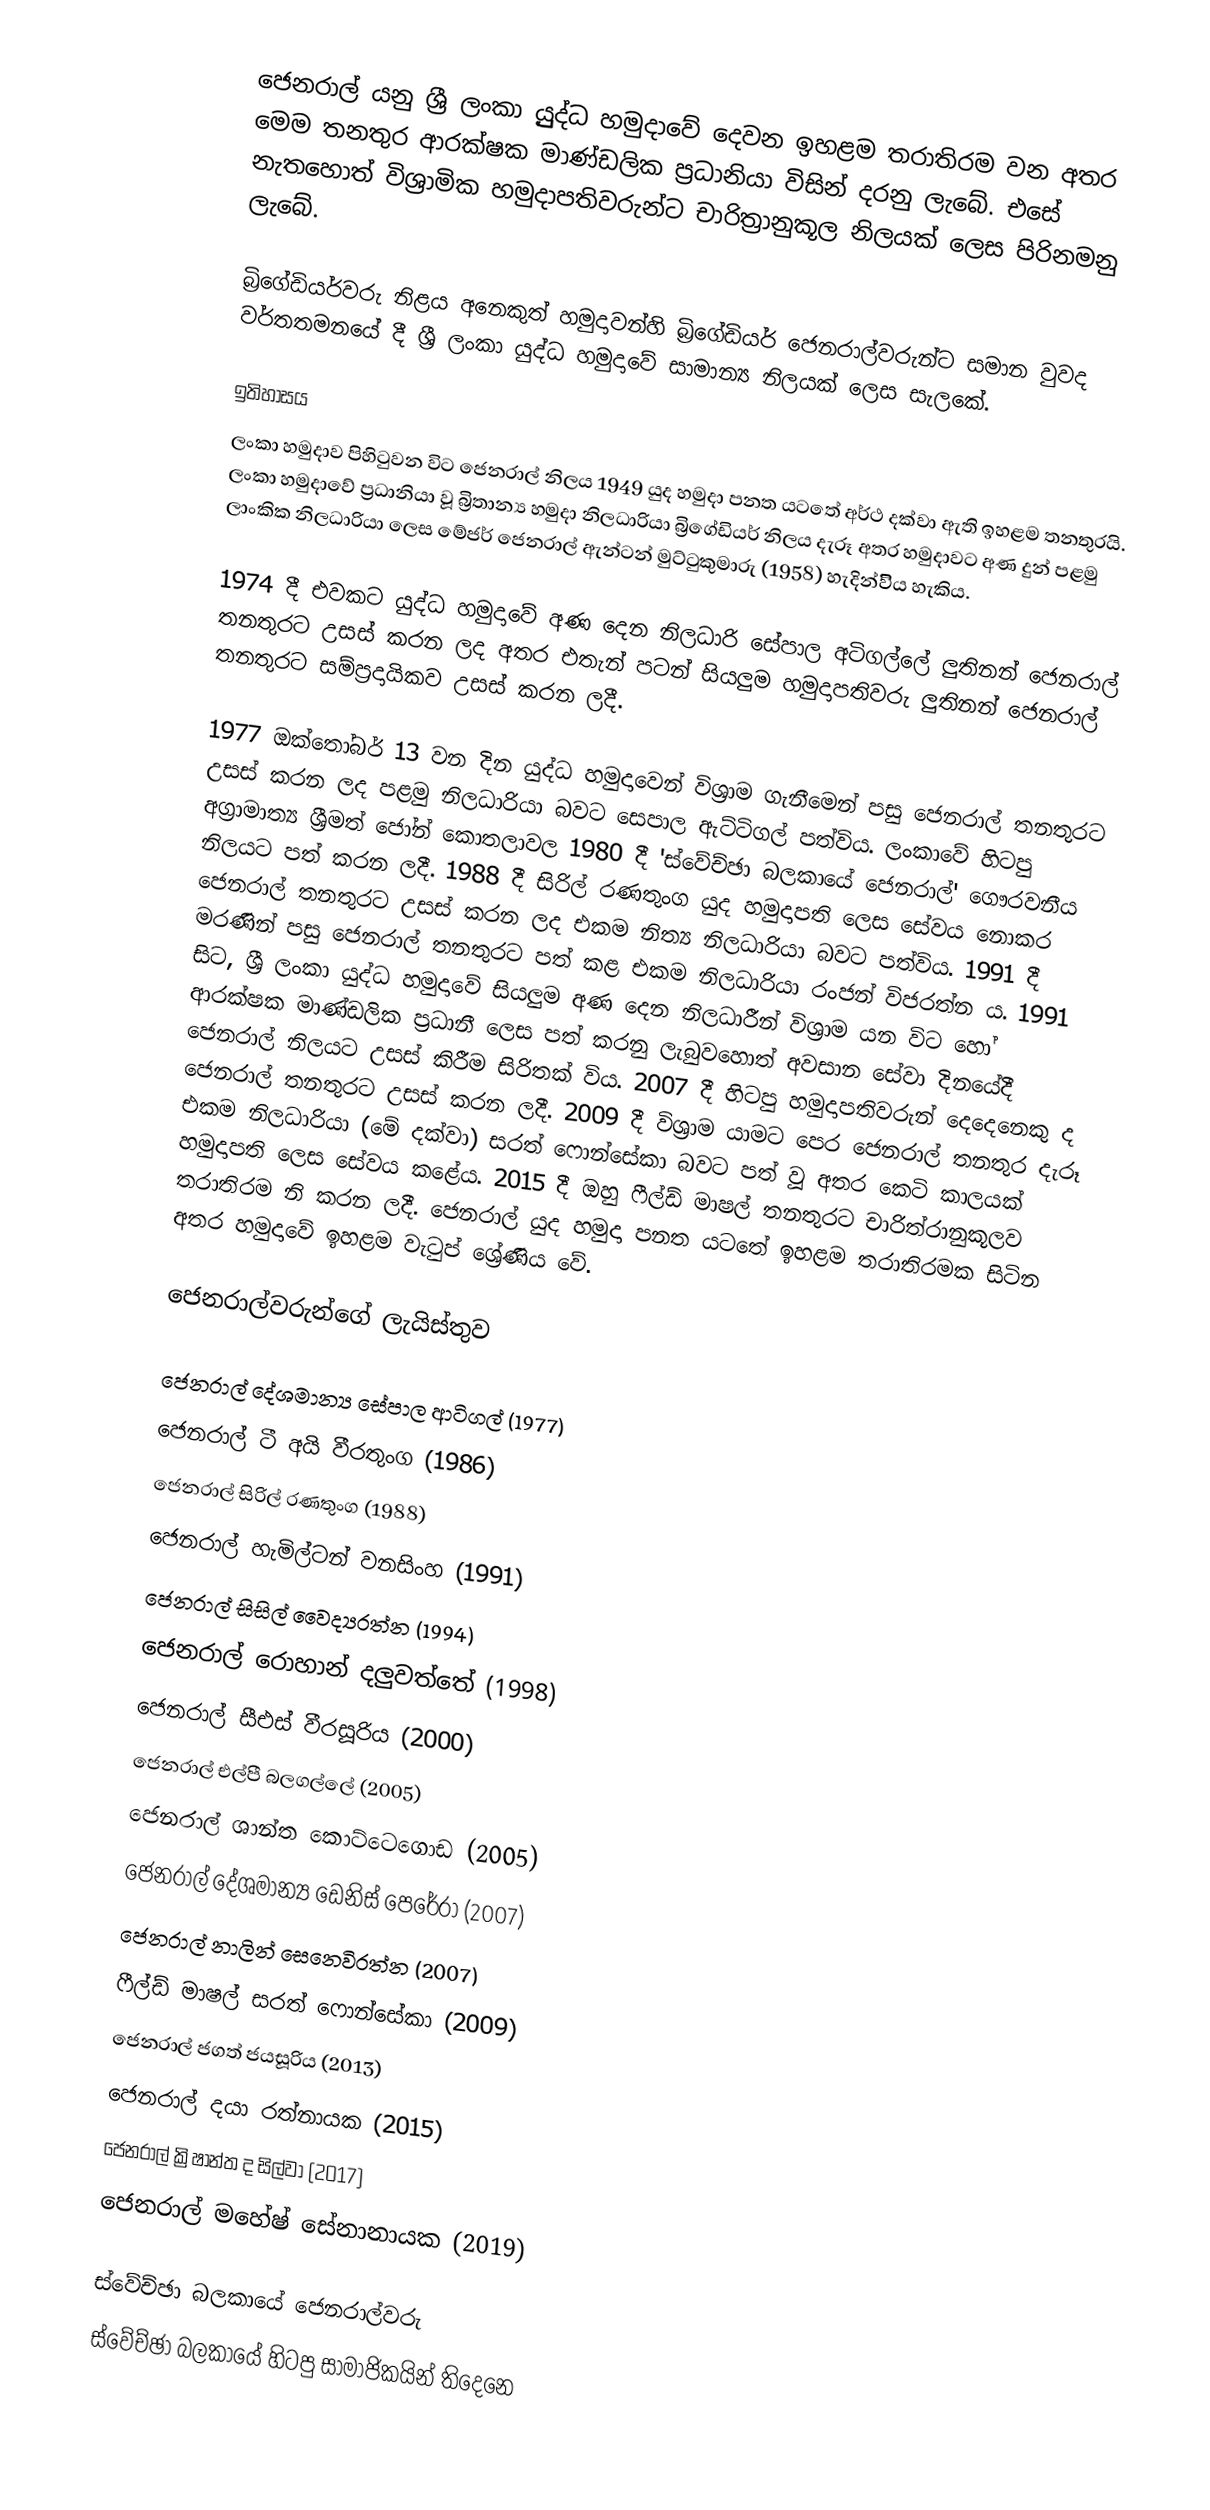
ජෙනරාල් යනු ශ්‍රී ලංකා යුුුද්ධ හමුදාවේ දෙවන ඉහළම තරාතිරම වන අතර මෙම තනතුර ආරක්ෂක මාණ්ඩලික ප්‍රධානියා විසින් දරනු ලැබේ. එසේ නැතහොත් විශ්‍රාමික හමුදාපතිවරුන්ට චාරිත්‍රානුකූල නිලයක් ලෙස පිරිනමනු ලැබේ.

බ්‍රිගේඩියර්වරු නිළය අනෙකුත් හමුදාවන්හි බ්‍රිගේඩියර් ජෙනරාල්වරුන්ට සමාන වුවද වර්තතමනයේ දී ශ්‍රී ලංකා යුද්ධ හමුදාවේ සාමාන්‍ය නිලයක් ලෙස සැලකේ.

ඉතිහාසය
ලංකා හමුදාව පිහිටුවන විට ජෙනරාල් නිලය 1949 යුද හමුදා පනත යටතේ අර්ථ දක්වා ඇති ඉහළම තනතුරයි. ලංකා හමුදාවේ ප්‍රධානියා වූ බ්‍රිතාන්‍ය හමුදා නිලධාරියා බ්‍රිගේඩියර් නිලය දැරූ අතර හමුදාවට අණ දුන් පළමු ලාංකික නිලධාරියා ලෙස මේජර් ජෙනරාල් ඇන්ටන් මුට්ටුකුමාරු (1958) හැදින්විිය හැකිය.

1974 දී එවකට යුද්ධ හමුදාවේ අණ දෙන නිලධාරි සේපාල අටිගල්ලේ ලුතිනන් ජෙනරාල් තනතුරට උසස් කරන ලද අතර එතැන් පටන් සියලුම හමුදාපතිවරු ලුතිනන් ජෙනරාල් තනතුරට සම්ප්‍රදායිකව උසස් කරන ලදී.

1977 ඔක්තෝබර් 13 වන දින යුද්ධ හමුදාවෙන් විශ්‍රාම ගැනීමෙන් පසු ජෙනරාල් තනතුරට උසස් කරන ලද පළමු නිලධාරියා බවට සෙපාල ඇට්ටිගල් පත්විය. ලංකාවේ හිටපු අග්‍රාමාත්‍ය ශ්‍රීමත් ජෝන් කොතලාවල 1980 දී 'ස්වේච්ඡා බලකායේ ජෙනරාල්' ගෞරවනීය නිලයට පත් කරන ලදී. 1988 දී සිරිල් රණතුංග යුද හමුදාපති ලෙස සේවය නොකර ජෙනරාල් තනතුරට උසස් කරන ලද එකම නිත්‍ය නිලධාරියා බවට පත්විය. 1991 දී මරණින් පසු ජෙනරාල් තනතුරට පත් කළ එකම නිලධාරියා රංජන් විජරත්න ය. 1991 සිට, ශ්‍රී ලංකා යුද්ධ හමුදාවේ සියලුම අණ දෙන නිලධාරීන් විශ්‍රාම යන විට හෝ ආරක්ෂක මාණ්ඩලික ප්‍රධානී ලෙස පත් කරනු ලැබුවහොත් අවසාන සේවා දිනයේදී ජෙනරාල් නිලයට උසස් කිරීම සිරිතක් විය. 2007 දී හිටපු හමුදාපතිවරුන් දෙදෙනෙකු ද ජෙනරාල් තනතුරට උසස් කරන ලදී. 2009 දී විශ්‍රාම යාමට පෙර ජෙනරාල් තනතුර දැරූ එකම නිලධාරියා (මේ දක්වා) සරත් ෆොන්සේකා බවට පත් වූ අතර කෙටි කාලයක් හමුදාපති ලෙස සේවය කළේය.  2015 දී ඔහු ෆීල්ඩ් මාෂල් තනතුරට චාරිත්රානුකූලව තරාතිරම නි කරන ලදී. ජෙනරාල් යුද හමුදා පනත යටතේ ඉහළම තරාතිරමක සිටින අතර හමුදාවේ ඉහළම වැටුප් ශ්‍රේණිය වේ.

ජෙනරාල්වරුන්ගේ ලැයිස්තුව

 ජෙනරාල් දේශමාන්‍ය සේපාල ආටිගල් (1977)
 ජෙනරාල් ටී අයි වීරතුංග (1986)
 ජෙනරාල් සිරිල් රණතුංග (1988)
 ජෙනරාල් හැමිල්ටන් වනසිංහ (1991)
 ජෙනරාල් සිසිල් වෛද්‍යරත්න (1994)
 ජෙනරාල් රොහාන් දලුවත්තේ (1998)
 ජෙනරාල් සීඑස් වීරසූරිය (2000)
 ජෙනරාල් එල්පී බලගල්ලේ (2005)
 ජෙනරාල් ශාන්ත කොට්ටෙගොඩ (2005)
 ජෙනරාල් දේශමාන්‍ය ඩෙනිස් පෙරේරා (2007)
 ජෙනරාල් නාලින් සෙනෙවිරත්න (2007)
 ෆීල්ඩ් මාෂල් සරත් ෆොන්සේකා (2009)
 ජෙනරාල් ජගත් ජයසූරිය (2013)
 ජෙනරාල් දයා රත්නායක (2015)
 ජෙනරාල් ක්‍රිෂාන්ත ද සිල්වා (2017)
 ජෙනරාල් මහේෂ් සේනානායක (2019)

ස්වේච්ඡා බලකායේ ජෙනරාල්වරු
ස්වේච්ඡා බලකායේ හිටපු සාමාජිකයින් තිදෙනෙ